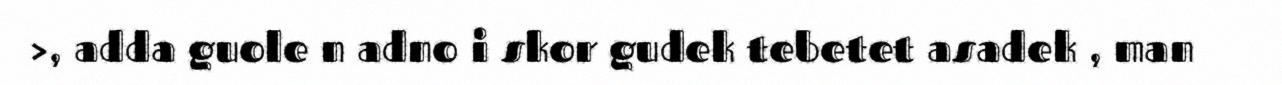
>, adda guole n adno i skor gudek tebetet asadek , man